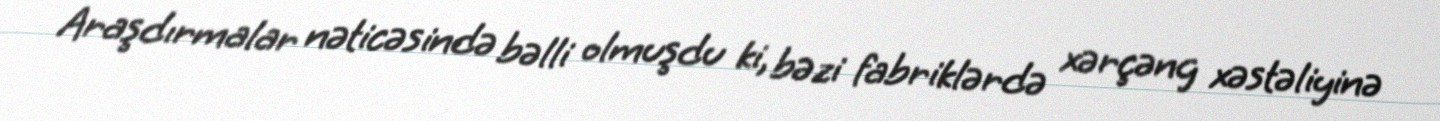
Araşdırmalar nəticəsində bəlli olmuşdu ki, bəzi fabriklərdə xərçəng xəstəliyinə